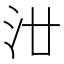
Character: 𣲟